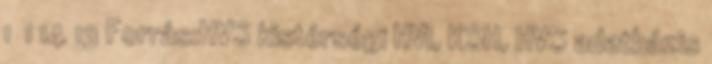
1 1 14 13 Forrás:HVS kistérségi HVI, KSH, HVS adatbázis